Eesti_Peakonsulaat_New_Yorgis, lk 36
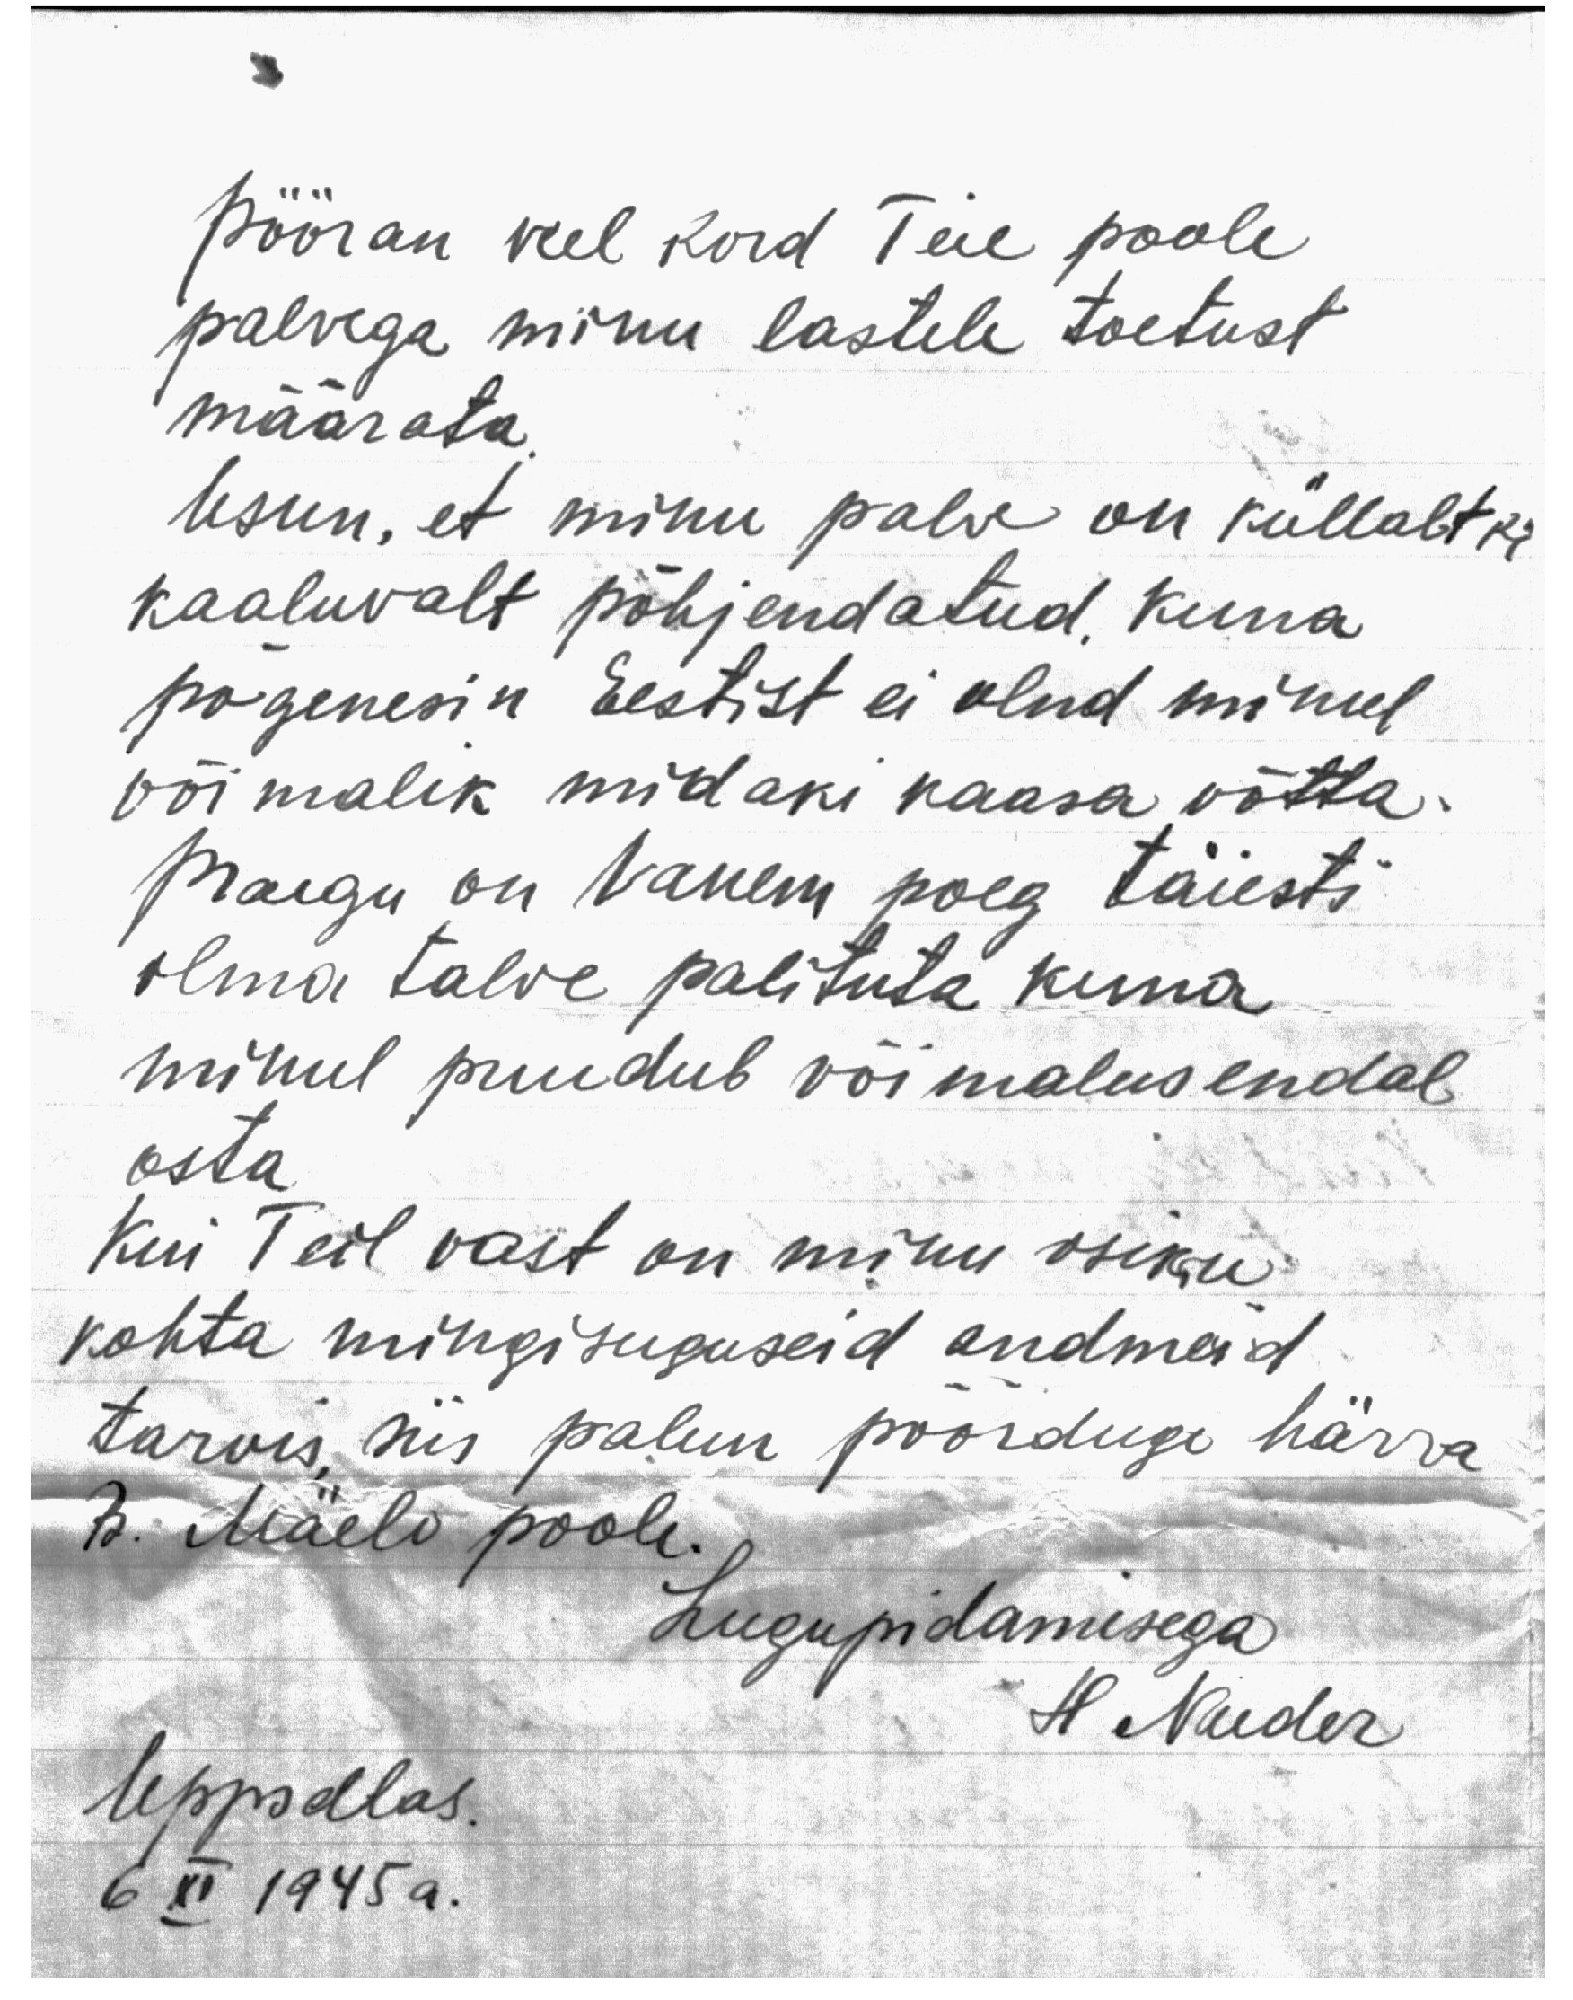
pööran veel kord Teie poole
palvega minu lastele toetust
määrata.
Usun, et minu palve on küllaltki
kaaluvalt põhjendatud. Kuna
põgenesin Eestist ei olnd minul
võimalik midaki kaasa võtta.
Praegu on vanem poeg täiesti
ilma talve palituta kuna
minul puudub võimalus endal
osta
Kui Teil vast on minu isiku
kohta mingisuguseid andmeid
tarvis, siis palun pöörduge härra
B. Mäelo poole.
Lugupidamisega
H. Nuder
Uppsalas.
6 XI 1945 a.